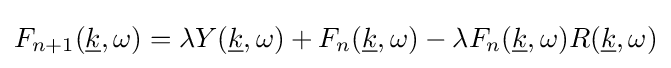
F_{n+1}({\underline {k}},\omega )=\lambda Y({\underline {k}},\omega )+F_{n}({\underline {k}},\omega )-\lambda F_{n}({\underline {k}},\omega )R({\underline {k}},\omega )